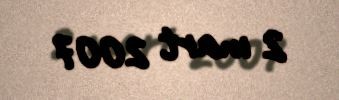
2 mart 2007